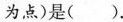
为点)是().